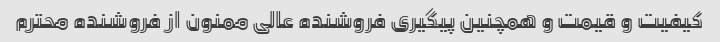
کیفیت و قیمت و همچنین پیگیری فروشنده عالی ممنون از فروشنده محترم